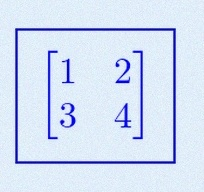
\begin{bmatrix}1&2\\3&4\end{bmatrix}